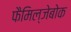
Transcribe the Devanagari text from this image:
फैमिल्जेबोक